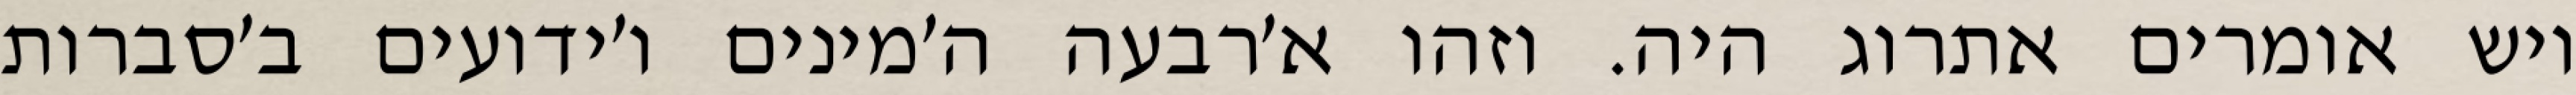
ויש אומרים אתרוג היה. וזהו א׳רבעה ה׳מינים ו׳ידועים ב׳סברות